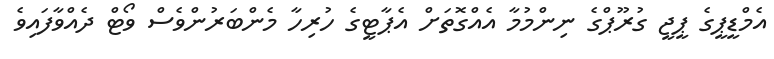
އެމްޑީޕީގެ ޕީޖީ ގުރޫޕްގެ ނިންމުމާ އެއްގޮތަށް އެޕާޓީގެ ހުރިހާ މެންބަރުންވެސް ވޯޓް ދެއްވާފައިވެ